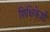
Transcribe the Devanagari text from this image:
शिक्षिकेशी